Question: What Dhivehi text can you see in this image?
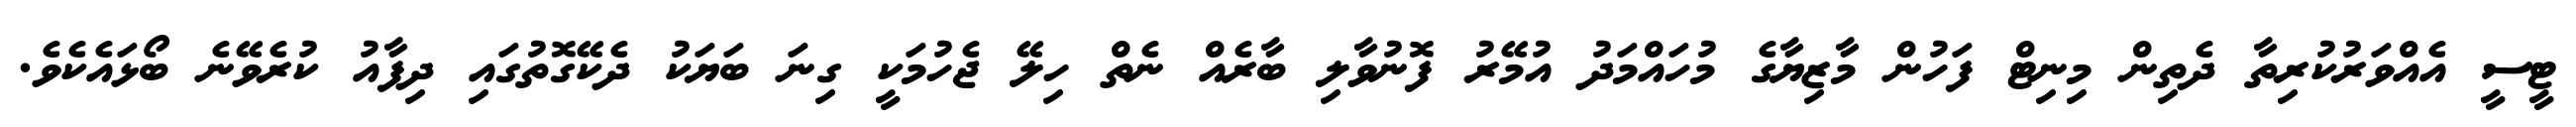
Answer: ޓީސީ އެއްވަރުކުރިތާ ދެތިން މިނިޓް ފަހުން މާޒިޔާގެ މުހައްމަދު އުމޭރު ފޮނުވާލި ބާރެއް ނެތް ހިލޭ ޖެހުމަކީ ގިނަ ބަޔަކު ދެކޭގޮތުގައި ދިފާއު ކުރެވޭނެ ބޯޅައެކެވެ.